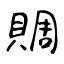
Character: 賙